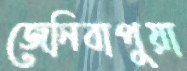
জেনিবাপুয়া